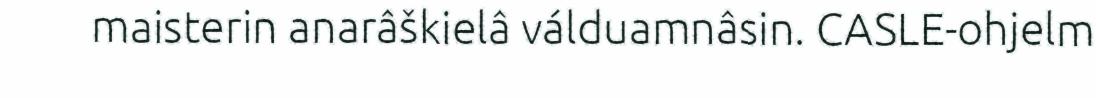
maisterin anarâškielâ válduamnâsin. CASLE-ohjelm